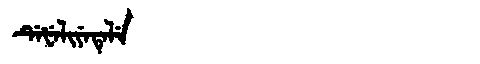
Manchu: ᡩᡝᡶᡝᠯᡳᠶᡝᡨᡝᠯᡝ
Romanization: DEFELIYETELE